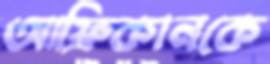
আফ্রিকানকে